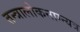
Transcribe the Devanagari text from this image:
तन्त्रालोकनाग्न्यत्र